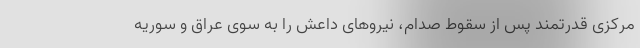
مرکزی قدرتمند پس از سقوط صدام، نیروهای داعش را به سوی عراق و سوریه